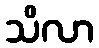
သိလာ